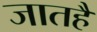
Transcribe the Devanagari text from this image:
जातहै